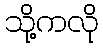
သို့ကလို